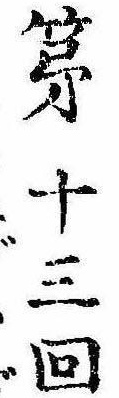
第十三回